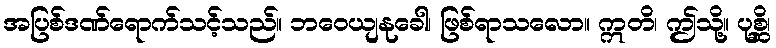
အပြစ်ဒဏ်ရောက်သင့်သည်။ ဘဝေယျနုခေါ၊ ဖြစ်ရာသလော။ ဣတိ၊ ဤသို့။ ပုစ္ဆိ၊